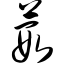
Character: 葭